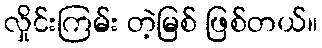
လှိုင်းကြမ်း တဲ့မြစ် ဖြစ်တယ်။